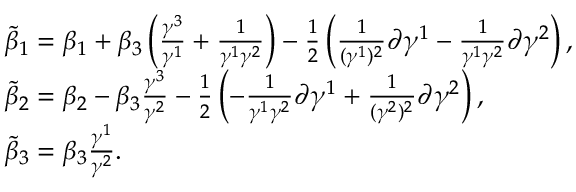
\begin{array} { r l } & { \tilde { \beta } _ { 1 } = \beta _ { 1 } + \beta _ { 3 } \left( \frac { \gamma ^ { 3 } } { \gamma ^ { 1 } } + \frac { 1 } { \gamma ^ { 1 } \gamma ^ { 2 } } \right) - \frac { 1 } { 2 } \left( \frac { 1 } { ( \gamma ^ { 1 } ) ^ { 2 } } \partial \gamma ^ { 1 } - \frac { 1 } { \gamma ^ { 1 } \gamma ^ { 2 } } \partial \gamma ^ { 2 } \right) , } \\ & { \tilde { \beta } _ { 2 } = \beta _ { 2 } - \beta _ { 3 } \frac { \gamma ^ { 3 } } { \gamma ^ { 2 } } - \frac { 1 } { 2 } \left( - \frac { 1 } { \gamma ^ { 1 } \gamma ^ { 2 } } \partial \gamma ^ { 1 } + \frac { 1 } { ( \gamma ^ { 2 } ) ^ { 2 } } \partial \gamma ^ { 2 } \right) , } \\ & { \tilde { \beta } _ { 3 } = \beta _ { 3 } \frac { \gamma ^ { 1 } } { \gamma ^ { 2 } } . } \end{array}